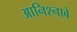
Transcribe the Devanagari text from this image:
आनिश्नाबे